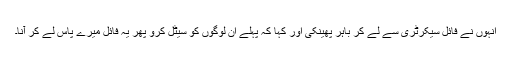
انہوں نے فائل سیکرٹری سے لے کر باہر پھینکی اور کہا کہ پہلے ان لوگوں کو سیٹل کرو پھر یہ فائل میرے پاس لے کر آنا۔